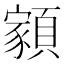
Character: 𩔧